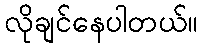
လိုချင်နေပါတယ်။